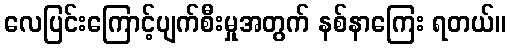
လေပြင်းကြောင့်ပျက်စီးမှုအတွက် နစ်နာကြေး ရတယ်။